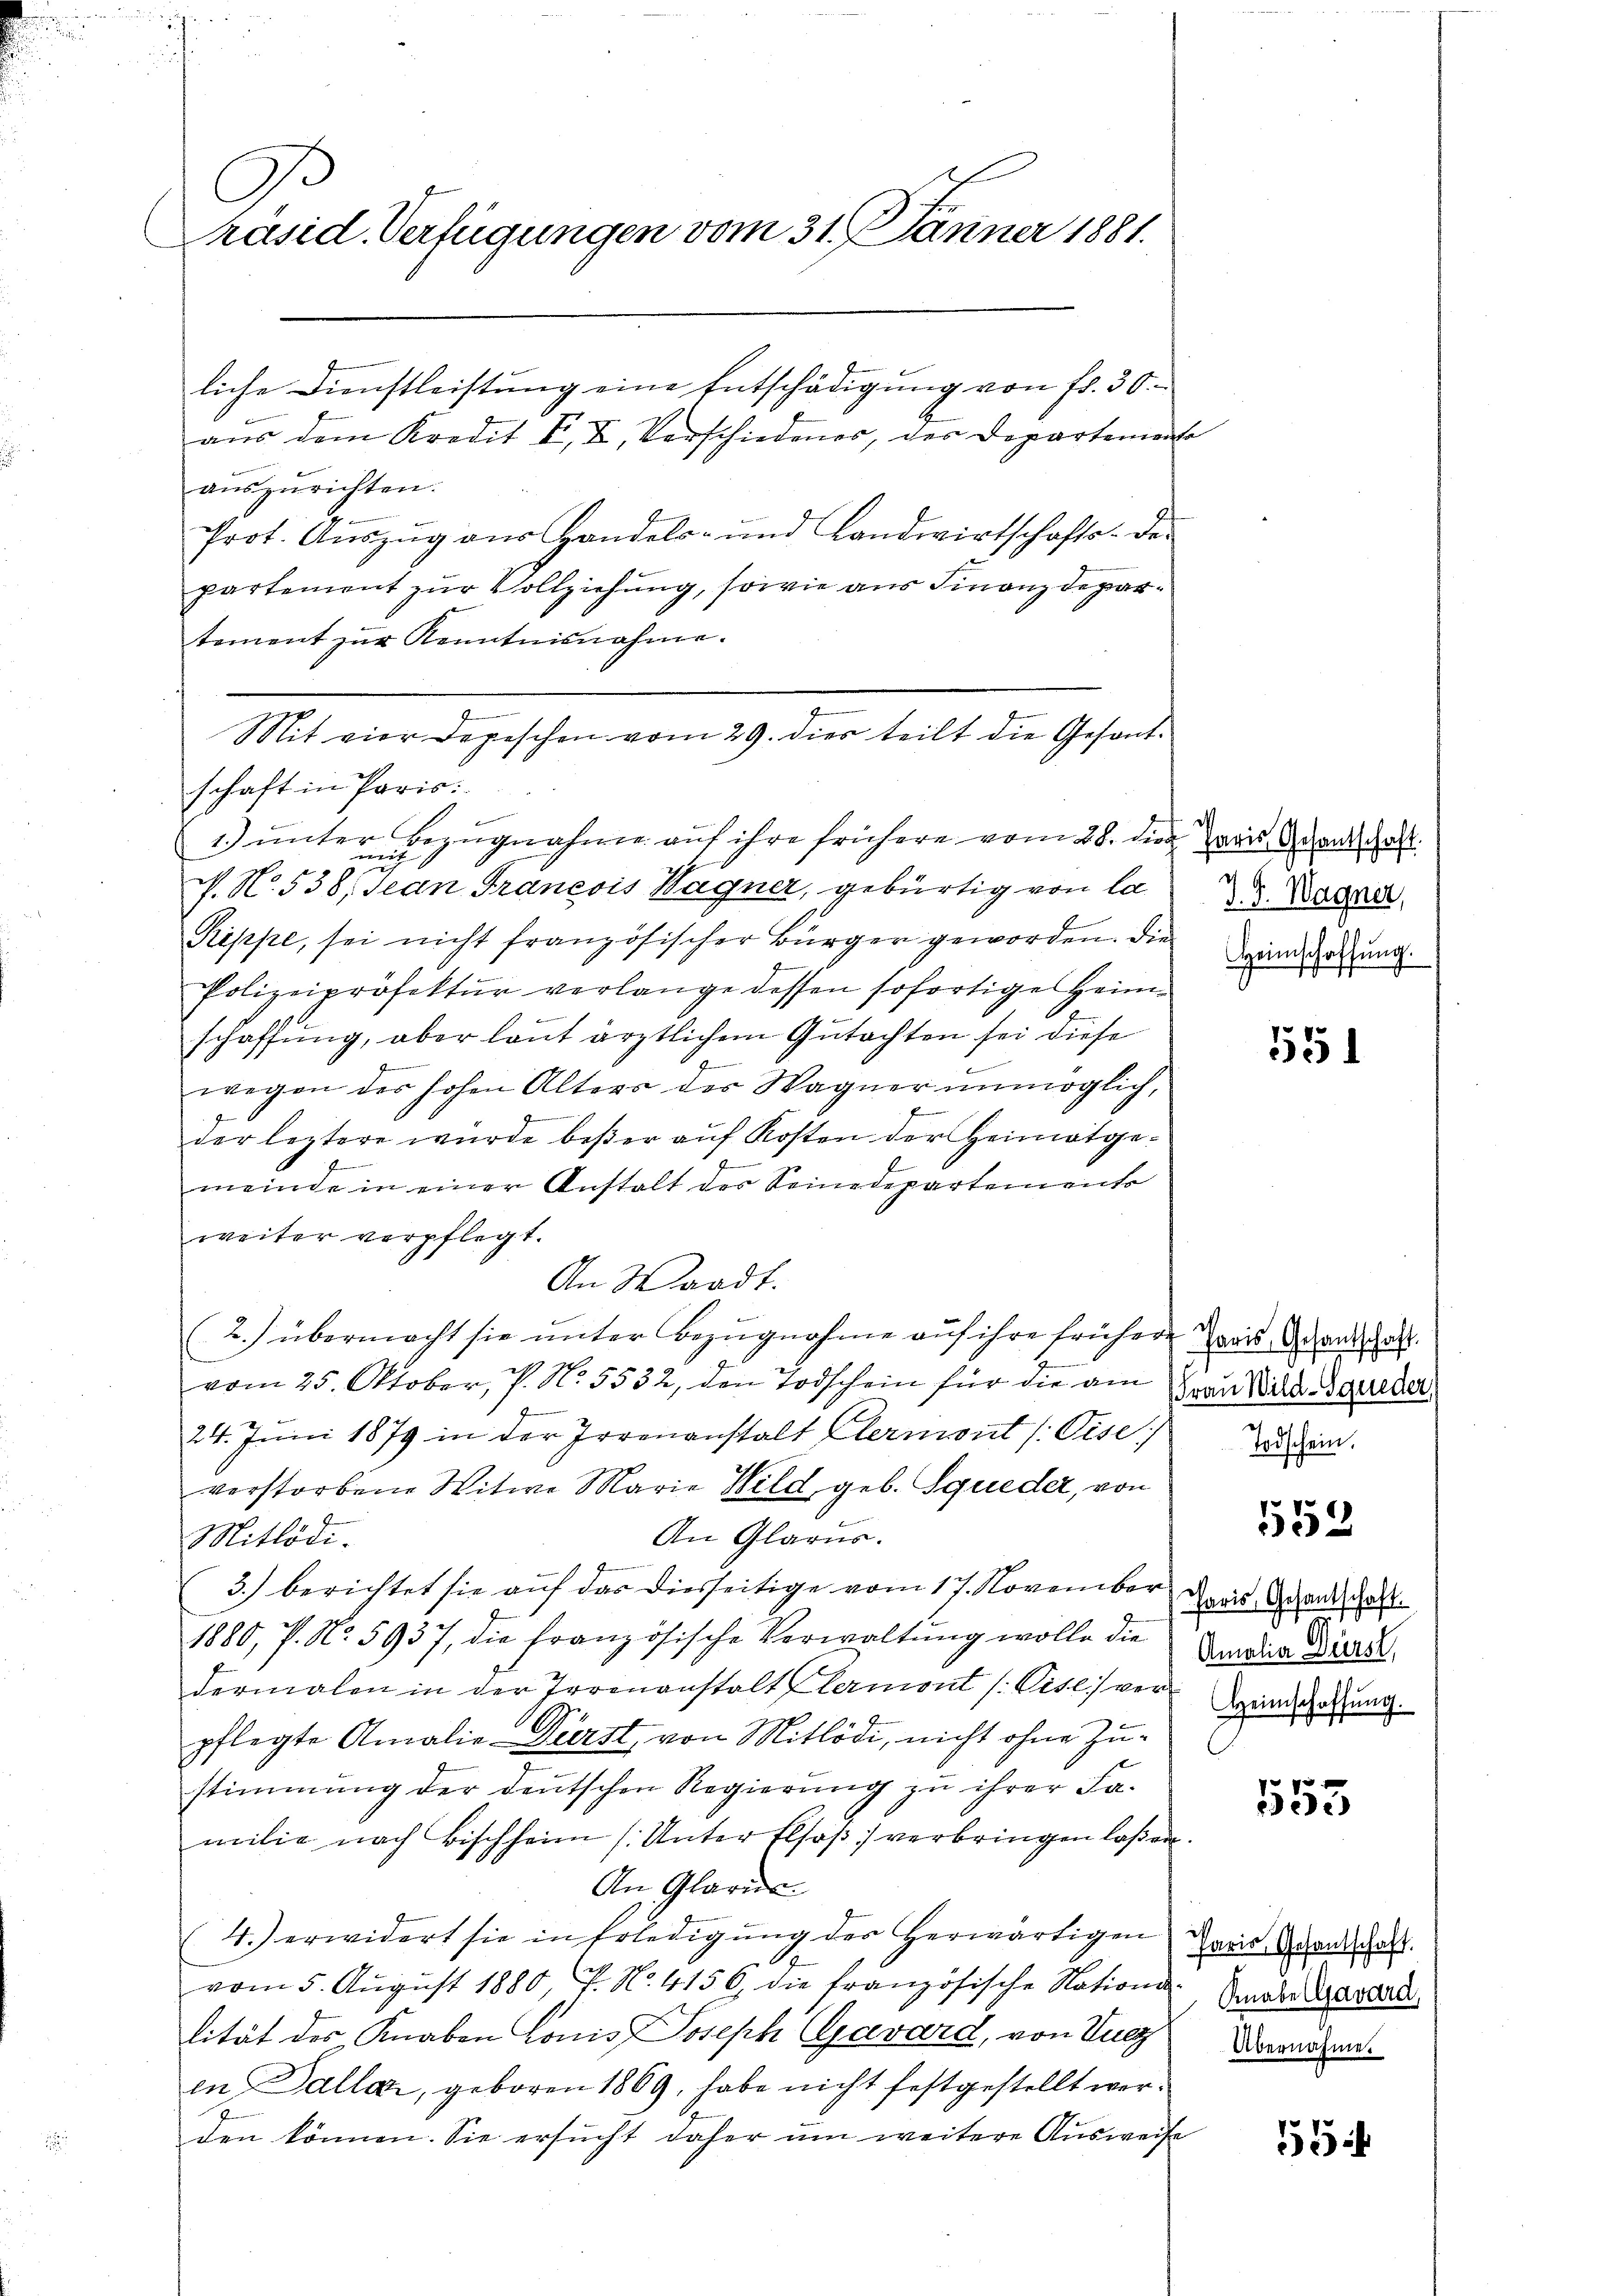
Präsid. Verfügungen vom 31. Jänner 1881.

liche Dienstleistŭng eine Entschädigŭng von fr. 30.
aus dem Kredit F. X, Verschiedener, der Departemento
auszurichten.
Prot. Aŭszŭg aŭs Handels- und Landwirtschafts- der
t
partement zur Vollziehung, sowie aus Finanzdepartement zŭr Kenntnisnahme.
schaft in Paris:
1.) unter Bezŭgnahme aŭf ihre frühere vom 28. die Paris Man hast
uch
. N. 538, Jean Francois Wagner, gebürtig von la
Rippe, sei nicht französischer Bürger geworden. Die
Polizeipröfektur verlange dessen sofortige Heimschaffung, aber laut ärztlichem Gutachten sei diese
e
wegen der hohen Alters der Wagner unmöglich,
der leztere wurde beßer auf Kosten der Heimatgee
meinde in einer Anstalt der Seinedepartements
weiter verpflegt.
An Waadt.
2.) übermacht sie unter Bezugnahme auf ihre frühere wais Brandschaft.
vom 25. Oktober, P. N. 5532, den Todschein für die am an Wild. Sieder
24. Juni 1879 in der Irrenanstalt Clermont (Gise
verstorbene Witwe Marie Wild geb. Squeder, von
An Glarus.
Mitlödi.
3.) berichtet sie auf das diesseitige vom 17. November
1880, P. No. 5937, die französische Verwaltung wolle die Aenden Bias
dermalen in der Irrenanstalt Klermont /: Visl) ver
pflegte Amalie- Dürst, von Mitlödi, nicht ohne Zu-
stimmung der deutschen Regierung zu ihrer Familie nach Bischheim (Unter Elsaß) verbringen laßen.
An Glarus
4.) erwidert sie in Erledigung der herwärtigen
vom 5. August 1880 f. No. 4156, die französische Nation der Bastad
lität des Knaben Lonis Joseph Cavard, von Tue
en Dallar, geboren 1869, habe nicht festgestellt werden können. Sie ersucht daher um weitere Ausweise

n

Mit vier Depeschen vom 29. dies teilt die Gesant¬

7
d. d. Wagner,
Heimschaffung.

e

551

Todschein.

553

Paris, Gesantschaft.
Heimschaffung.

1553

Paris, Gesandschaft.
Übernahme.

3